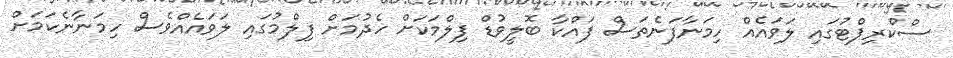
ސްކްރިޕްޓުގައި ލަވައެއް ހިމަނާފަނެތަސް ފައްކާ ބޮލީވުޑް ފިލްމަކަށް ހެދުމަށް ފިލްމުގައި ލަވައެއްވެސް ހިމަނާނެކަމަށް